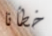
خطأنا